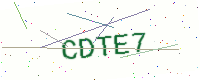
Text: CDTE7